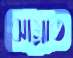
ঝাম্‌রাত